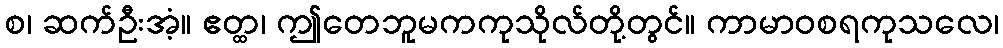
စ၊ ဆက်ဦးအံ့။ ဧတ္ထ၊ ဤတေဘူမကကုသိုလ်တို့တွင်။ ကာမာဝစရကုသလေ၊